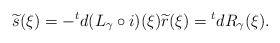
\begin{align*} \widetilde{s}(\xi)=- {}^td(L_\gamma\circ i)(\xi) \widetilde{r}(\xi) = {}^tdR_\gamma(\xi).\end{align*}